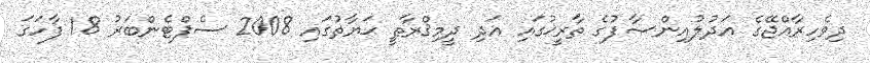
ދިވެހިރާއްޖޭގެ ޢަދުލުއިންޞާފުގެ ތާރީޚުގައި އަދި ދީމިޤްރާޠީ ޙަޔާތުގައި 2008 ސެޕްޓެންބަރު 18 ފާހަގަ